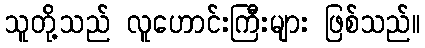
သူတို့သည် လူဟောင်းကြီးများ ဖြစ်သည်။